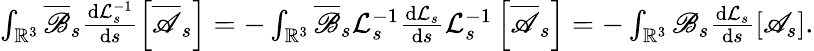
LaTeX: \begin{array}{r}{\int_{\mathbb{R}^{3}}\overline{\mathscr{B}}_{s}\frac{\mathrm{d}\mathcal{L}_{s}^{-1}}{\mathrm{d}s}\left[\overline{{\mathscr{A}}}_{s}\right]=-\int_{\mathbb{R}^{3}}\overline{\mathscr{B}}_{s}\mathcal{L}_{s}^{-1}\frac{\mathrm{d}\mathcal{L}_{s}}{\mathrm{d}s}\mathcal{L}_{s}^{-1}\left[\overline{{\mathscr{A}}}_{s}\right]=-\int_{\mathbb{R}^{3}}\mathscr{B}_{s}\frac{\mathrm{d}\mathcal{L}_{s}}{\mathrm{d}s}\left[\mathscr{A}_{s}\right].}\end{array}